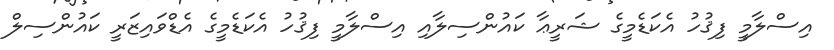
އިސްލާމީ ފިޤުހު އެކަޑެމީގެ ޝަރީޢާ ކައުންސިލާއި އިސްލާމީ ފިޤުހު އެކަޑެމީގެ އެޑްވައިޒަރީ ކައުންސިލް